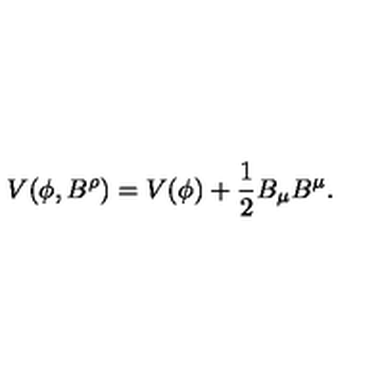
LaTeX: V ( \phi , B ^ { \rho } ) = V ( \phi ) + \frac { 1 } { 2 } B _ { \mu } B ^ { \mu } .